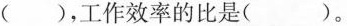
()，工作效率的比是()。